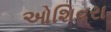
ઓશિવરા